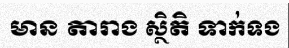
មាន តារាង ស្ថិតិ ទាក់ទង